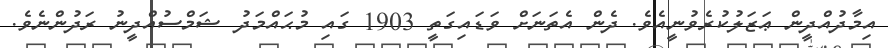
އިމާދުއްދީން ޢަޒަލުކުރެވުނީއެވެ. ދެން އެތަނަށް ވަޑައިގަތީ 1903 ގައި މުޙައްމަދު ޝަމްސުއްދީނު ރަދުންނެވެ.